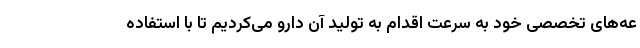
عه‌های تخصصی خود به سرعت اقدام به تولید آن دارو می‌کردیم تا با استفاده